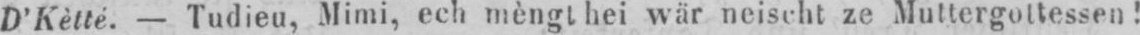
D’Kètté. - Tudieu, Mimi, ech mèngt hei wär neischt ze Muttergottessen!